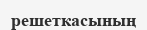
решеткасының